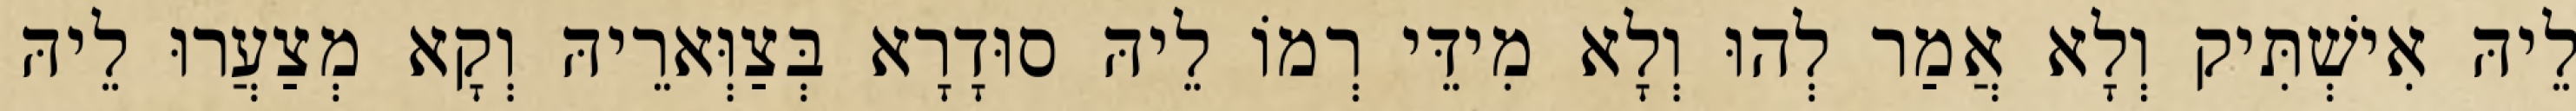
לֵיהּ אִישְׁתִּיק וְלָא אֲמַר לְהוּ וְלָא מִידֵּי רְמוֹ לֵיהּ סוּדָרָא בְּצַוְּארֵיהּ וְקָא מְצַעֲרוּ לֵיהּ